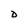
Character: D